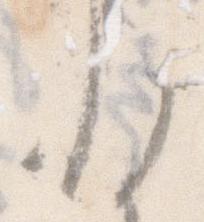
れ